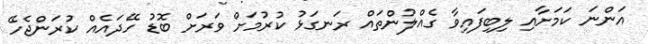
އަންނަ ކަމަށާއި ލިބިފައިވާ ގެއްލުންތައް ރަނގަޅު ކުރުމަށް ވަރަށް ބޮޑު ހޭދައެއް ކުރަންޖެހޭ